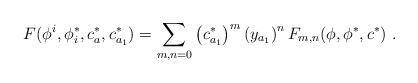
\begin{align*}F(\phi^i ,\phi ^*_i, c^*_a,c^*_{a_1})=\sum_{m,n=0} \left(c^*_{a_1}\right) ^m \left(y_{a_1}\right)^n F_{m,n}(\phi ,\phi ^*,c^*)\ .\end{align*}